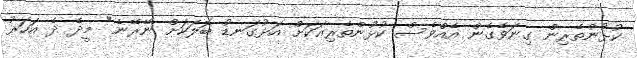
ކުޅުންތެރިން ގިނަވެގެން އެއްވެސް ކުޅުންތެރިއަކަށް އަޅުގަނޑު ބޮލަކަށް ނޭރޭނެ" މީދެ ދެ އަހަރު